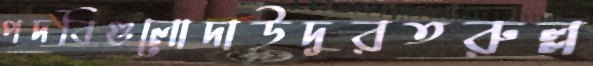
পদবিগুলোদাউদুরতরুল্ল